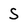
Character: S